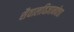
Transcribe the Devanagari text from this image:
शैवालविज्ञानवेत्ता